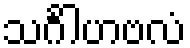
သင်္ဂါဟဗလံ